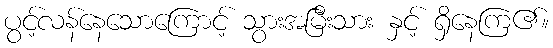
ပွင့်လန်နေသောကြောင့် သွားအမြီးသား နှင့် ရှိနေကြ၏။